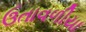
ઉતાવળીયા